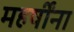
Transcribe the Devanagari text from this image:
महर्षींना